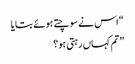
“ اس نے سوچتے ہوئے بتایا
” تم کہاں رہتی ہو؟